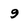
Character: 9